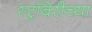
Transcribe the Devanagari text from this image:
स्ट्रॉबेरीच्या